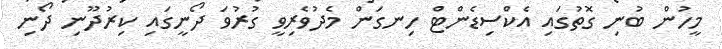
މީހުން ބުނި ގޮތުގައި އެކްސިޑެންޓް ހިނގަން މެދުވެރިވީ ގުރުވަ ދޯނީގައި ކިރުދޫނި ދޯނި